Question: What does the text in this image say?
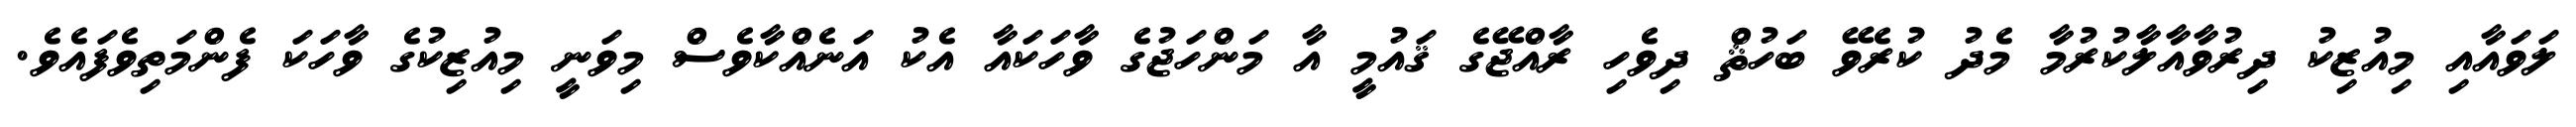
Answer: ލަވައާއި މިއުޒިކު ދިރުވާއާލާކުރުމާ މެދު ކުރެވޭ ބަހުޘް ދިވެހި ރާއްޖޭގެ ޤައުމީ އާ މަންހަޖުގެ ވާހަކައާ އެކު އަނެއްކާވެސް މިވަނީ މިއުޒިކުގެ ވާހަކަ ފެންމަތިވެފައެވެ.